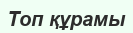
Топ құрамы